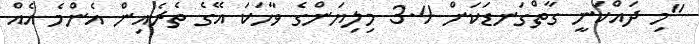
"މި ދައްކަނީ ގާތްގަނޑަކަށް 3.4 މިލިޔަންގެ ވާހަކަ އޭގެ ތެރެއިން އެންމެ އެއް